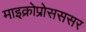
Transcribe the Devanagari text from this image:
माइक्रोप्रोसससर